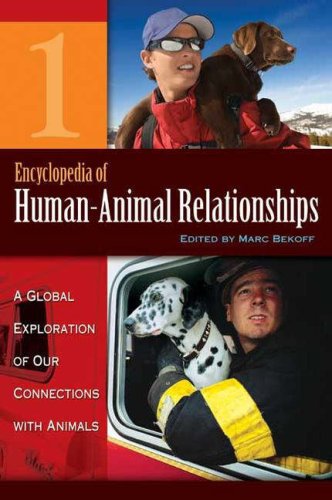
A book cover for Encyclopedia of Human-Animal Relationships [4 volumes]: A Global Exploration of Our Connections with Animals; Reference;